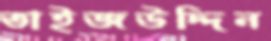
তাইজউদ্দিন